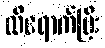
ထိရောက်ပြီး